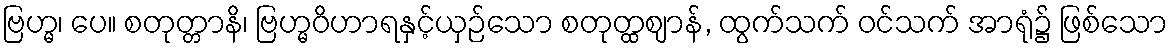
ဗြဟ္မ၊ ပေ။ စတုတ္တာနိ၊ ဗြဟ္မဝိဟာရနှင့်ယှဉ်သော စတုတ္ထဈာန်, ထွက်သက် ဝင်သက် အာရုံ၌ ဖြစ်သော